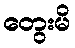
တွေးမိ